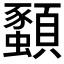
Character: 𫖨